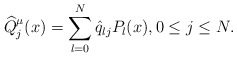
\begin{align*}\widehat Q_j^\mu(x)=\sum_{l=0}^N \hat q_{lj} P_l(x),0\le j\le N. \end{align*}